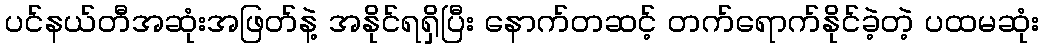
ပင်နယ်တီအဆုံးအဖြတ်နဲ့ အနိုင်ရရှိပြီး နောက်တဆင့် တက်ရောက်နိုင်ခဲ့တဲ့ ပထမဆုံး